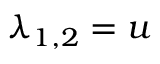
\lambda _ { 1 , 2 } = u